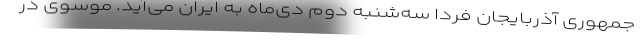
جمهورى آذربایجان فردا سه‌شنبه دوم دی‌ماه به ایران مى‌آید. موسوى در